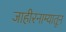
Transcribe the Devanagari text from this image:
जाहीरनाम्यातून